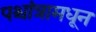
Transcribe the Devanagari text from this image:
पश्चांत्रामधून